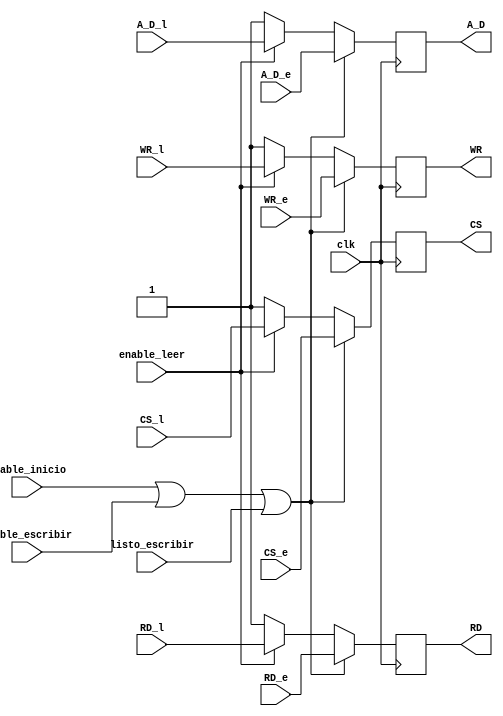
`timescale 1ns / 1ps
// DEbido a que hay dos bloques de los cuales salen seales de control, es necesario elegir cuales seales enviar al RTC, 
//por esto este bloque se encarga de elegir entre las seales de control de lectura o de escritura

module control_RD_WR(
    input clk, enable_leer, enable_inicio, enable_escribir, listo_escribir,
    input CS_l, //\
    input RD_l, // \ Seales de control del bloque Signal_Control_Lectura
    input WR_l, // /
    input A_D_l,///
	 input CS_e, //\
    input RD_e, // \ Seales de control del bloque Signal_Control_escritura
    input WR_e, // /
    input A_D_e,///
    output reg CS, //\
    output reg RD, // \ Seales de salida dirigidas al RTC
    output reg WR, // /
    output reg A_D ///
    );

always @(posedge clk)
begin
	if (enable_inicio==1'b1 || enable_escribir==1'b1 || listo_escribir==1'b1) begin //Si alguna de las mismas seales que habilitan el
	//bloque de escritura se encuentra en 1; entondes las 4 salidas de control van a corresponde a las del proceso escritura
		CS<=CS_e;
		RD<=RD_e;
      WR<=WR_e;
      A_D<=A_D_e; end
	else if (enable_leer) begin //Si la seal de enable_leer de la FSM se encuentra en 1; entondes las 4 salidas de control 
	//van a corresponde a las del proceso de lectura
		CS<=CS_l;
		RD<=RD_l;
      WR<=WR_l;
      A_D<=A_D_l; end
		
	else begin CS<=1'b1;RD<=1'b1;WR<=1'b1;A_D<=1'b1; end //De lo contrario todas las seales permanecern en estado 1
		
end

endmodule